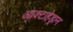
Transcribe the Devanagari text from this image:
आक्टाहेड्रान